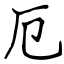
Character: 厄